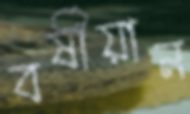
বর্ষীয়ান